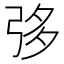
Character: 𢏜